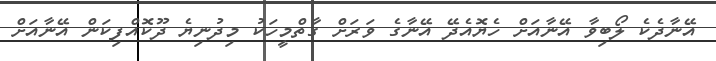
އޭނާދެކެ ލޯބިވާ އޭނާއަށް ހެޔޮއެދޭ އޭނާގެ ވަރަށް ގާތްމީހަކު މިދުނިޔެ ދޫކޮއްފިކަން އޭނާއަށް